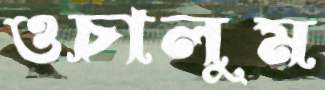
ওচালুম